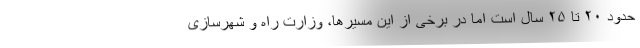
حدود ۲۰ تا ۲۵ سال است اما در برخی از این مسیرها، وزارت راه و شهرسازی